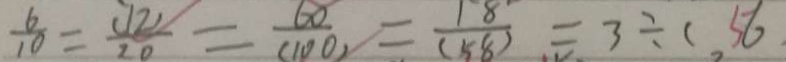
\frac { 6 } { 1 0 } = \frac { ( 1 2 ) } { 2 0 } = \frac { 6 0 } { ( 1 0 0 ) } = \frac { 1 8 } { ( 5 8 ) } = 3 \div ( 5 6